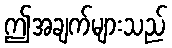
ဤအချက်များသည်